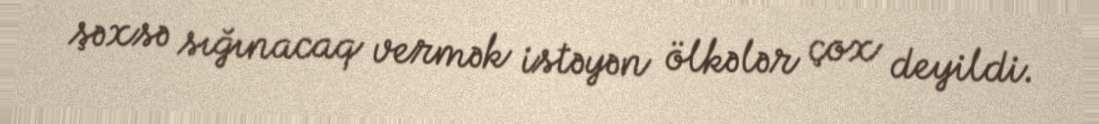
şəxsə sığınacaq vermək istəyən ölkələr çox deyildi.